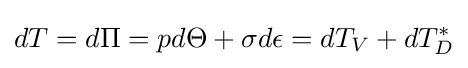
dT=d{\Pi }=pd{\Theta }+{\sigma }d{\epsilon }=dT_{V}+dT_{D}^{*}